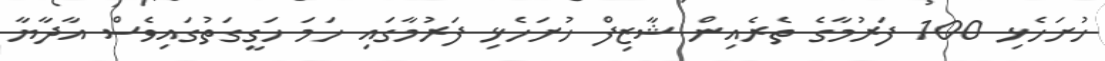
ހުށަހެޅި 100 ފަރުމާގެ ތެރެއިން ޝާޒިފް ހުށަހެޅި ފަރުމާގައި ހަމަ ހަގީގަތުގައިވެސް އާދާޔާ